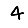
Digit: 4